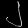
Digit: ၂